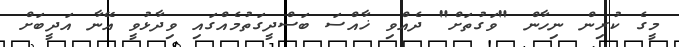
މީގެ ކުރިން ނިހާން "ވަގުތަށް" ދެއްވި ޚާއްސަ ބަސްދީގަތުމެއްގައި ވިދާޅުވީ އޭނާ އަދީބަށް